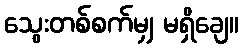
သွေးတစ်စက်မျှ မရှိချေ။